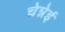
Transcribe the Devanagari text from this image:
चेन्नेई